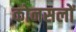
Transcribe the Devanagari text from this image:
कोनसलों